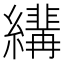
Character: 𦆷